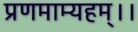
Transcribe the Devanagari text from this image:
प्रणमाम्यहम्।।